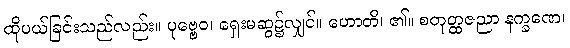
ထိုပယ်ခြင်းသည်လည်း။ ပုဗ္ဗေဝ၊ ရှေးမဆွ၌လျှင်။ ဟောတိ၊ ၏။ စတုတ္ထဇညာ နက္ခဏေ၊